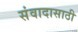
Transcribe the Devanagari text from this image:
संवादासाठी